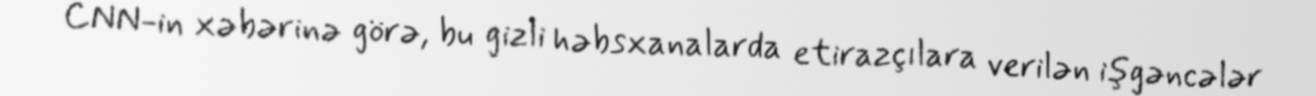
CNN-in xəbərinə görə, bu gizli həbsxanalarda etirazçılara verilən işgəncələr